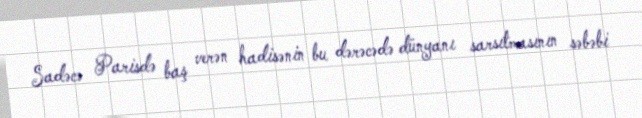
Sadəcə Parisdə baş verən hadisənin bu dərəcədə dünyanı sarsıtmasının səbəbi